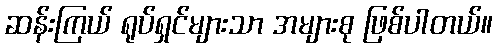
ဆန်းကြယ် ရုပ်ရှင်များသာ အများစု ဖြစ်ပါတယ်။